Proceedings of the meeting of veterinary officers in India
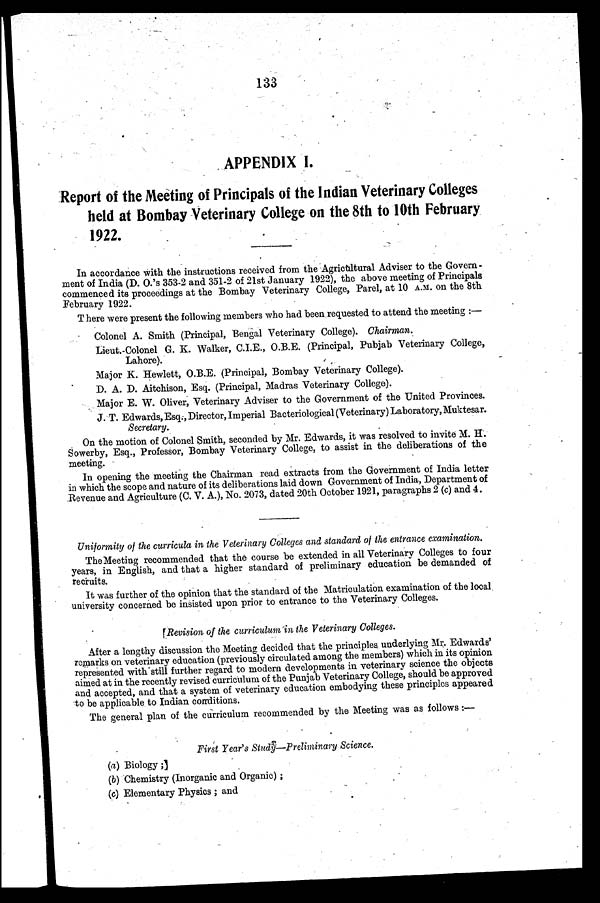
133
APPENDIX I.
Report of the Meeting of Principals of the Indian Veterinary Colleges
held at Bombay Veterinary College on the 8th to 10th February
1922.
In accordance with the instructions received from the Agricultural Adviser to the Govern-
ment of India (D. O.'s 353-2 and 351-2 of 21st January 1922), the above meeting of Principals
commenced its proceedings at the Bombay Veterinary College, Parel, at 10 A.M. on the 8th
February 1922.
There were present the following members who had been requested to attend the meeting:—
Colonel A. Smith (Principal, Bengal Veterinary College). Chairman.
Lieut.-Colonel G. K. Walker, C.I.E., O.B.E. (Principal, Pubjab Veterinary College,
Lahore).
Major K. Hewlett, O.B.E. (Principal, Bombay Veterinary College).
D. A. D. Aitchison, Esq. (Principal, Madras Veterinary College).
Major E. W. Oliver, Veterinary Adviser to the Government of the United Provinces.
J. T. Edwards, Esq., Director, Imperial Bacteriological (Veterinary) Laboratory, Muktesar.
Secretary.
On the motion of Colonel Smith, seconded by Mr. Edwards, it was resolved to invite M. H.
Sowerby, Esq., Professor, Bombay Veterinary College, to assist in the deliberations of the
meeting.
In opening the meeting the Chairman read extracts from the Government of India letter
in which the scope and nature of its deliberations laid down Government of India, Department of
Revenue and Agriculture (C. V. A.), No. 2073, dated 20th October 1921, paragraphs 2 (c) and 4.
Uniformity of the curricula in the Veterinary Colleges and standard of the entrance examination.
The Meeting recommended that the course be extended in all Veterinary Colleges to four
years, in English, and that a higher standard of preliminary education be demanded of
recruits.
It was further of the opinion that the standard of the Matriculation examination of the local
university concerned be insisted upon prior to entrance to the Veterinary Colleges.
Revision of the curriculum in the Veterinary Colleges.
After a lengthy discussion the Meeting decided that the principles underlying Mr. Edwards'
remarks on veterinary education (previously circulated among the members) which in its opinion
represented with still further regard to modern developments in veterinary science the objects
aimed at in the recently revised curriculum of the Punjab Veterinary College, should be approved
and accepted, and that a system of veterinary education embodying these principles appeared
to be applicable to Indian conditions.
The general plan of the curriculum recommended by the Meeting was as follows:—
First Year's Study—Preliminary Science.
(a) Biology;
(b) Chemistry (Inorganic and Organic);
(c) Elementary Physics; and